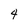
Character: 4